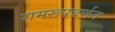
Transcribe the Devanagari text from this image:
रामरूपवर्णन